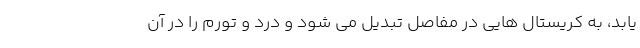
یابد، به کریستال هایی در مفاصل تبدیل می شود و درد و تورم را در آن